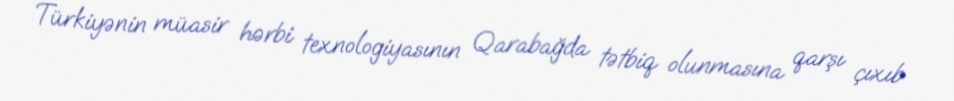
Türkiyənin müasir hərbi texnologiyasının Qarabağda tətbiq olunmasına qarşı çıxıb